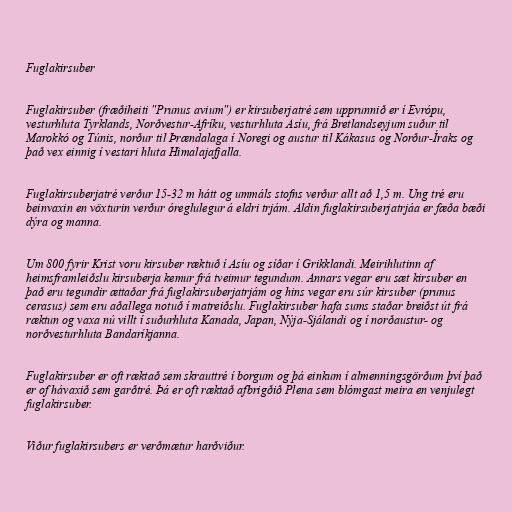
Fuglakirsuber

Fuglakirsuber (fræðiheiti "Prunus avium") er kirsuberjatré sem upprunnið er í Evrópu,
vesturhluta Tyrklands, Norðvestur-Afríku, vesturhluta Asíu, frá Bretlandseyjum suður til
Marokkó og Túnis, norður til Þrændalaga í Noregi og austur til Kákasus og Norður-Íraks og
það vex einnig í vestari hluta Himalajafjalla.

Fuglakirsuberjatré verður 15-32 m hátt og ummáls stofns verður allt að 1,5 m. Ung tré eru
beinvaxin en vöxturin verður óreglulegur á eldri trjám. Aldin fuglakirsuberjatrjáa er fæða bæði
dýra og manna.

Um 800 fyrir Krist voru kirsuber ræktuð í Asíu og síðar í Grikklandi. Meirihlutinn af
heimsframleiðslu kirsuberja kemur frá tveimur tegundum. Annars vegar eru sæt kirsuber en
það eru tegundir ættaðar frá fuglakirsuberjatrjám og hins vegar eru súr kirsuber (prunus
cerasus) sem eru aðallega notuð í matreiðslu. Fuglakirsuber hafa sums staðar breiðst út frá
ræktun og vaxa nú villt í suðurhluta Kanada, Japan, Nýja-Sjálandi og í norðaustur- og
norðvesturhluta Bandaríkjanna.

Fuglakirsuber er oft ræktað sem skrauttré í borgum og þá einkum í almenningsgörðum því það
er of hávaxið sem garðtré. Þá er oft ræktað afbrigðið Plena sem blómgast meira en venjulegt
fuglakirsuber.

Viður fuglakirsubers er verðmætur harðviður.